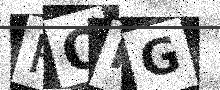
Text: RQRG